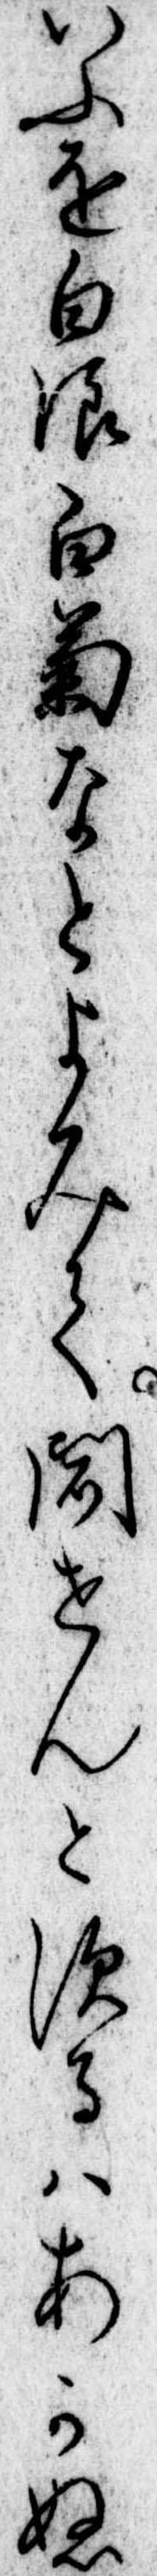
いふを白浪白菊なとよみて聞せんとするはあかぬ